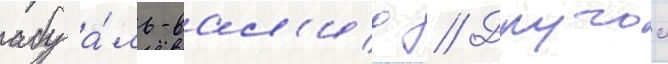
абу а́ль-вал'ид // Другои